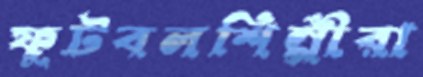
ফুটবলশিল্পীরা